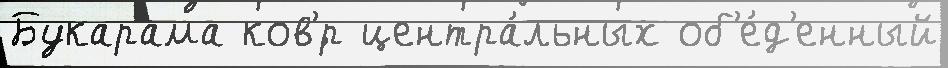
Букарама ков'́р центра́льных об'е́д'енный